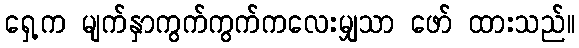
ရှေ့က မျက်နှာကွက်ကွက်ကလေးမျှသာ ဖော် ထားသည်။